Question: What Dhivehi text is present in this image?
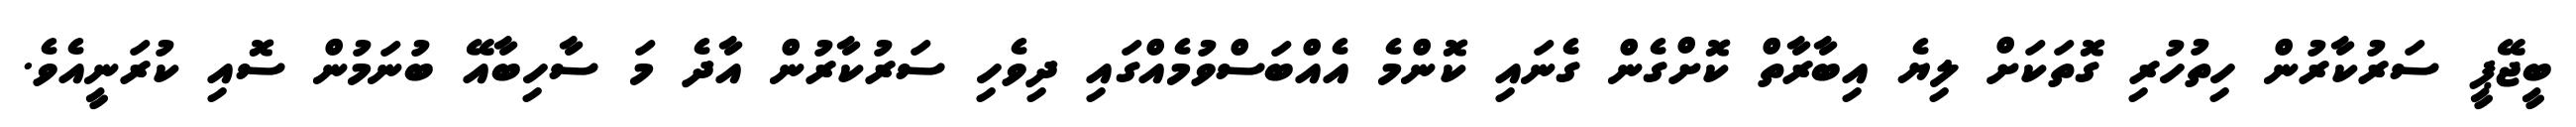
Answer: ބީޖޭޕީ ސަރުކާރުން ހިތުހުރި ގޮތަކަށް ލިޔެ އިބާރާތް ކޮށްގެން ގެނައި ކޮންމެ އެއްބަސްވުމެއްގައި ދިވެހި ސަރުކާރުން އާދެ މަ ސާހިބާއޭ ބުނަމުން ސޮއި ކުރަނީއެވެ.